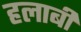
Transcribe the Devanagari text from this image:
हलाबी